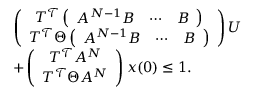
\begin{array} { r l } & { \left( \begin{array} { c } { T ^ { \mathcal { T } } \left( \begin{array} { c c c } { A ^ { N - 1 } B } & { \cdots } & { B } \end{array} \right) } \\ { T ^ { \mathcal { T } } \Theta \left( \begin{array} { c c c } { A ^ { N - 1 } B } & { \cdots } & { B } \end{array} \right) } \end{array} \right) U } \\ & { + \left( \begin{array} { c } { T ^ { \mathcal { T } } A ^ { N } } \\ { T ^ { \mathcal { T } } \Theta A ^ { N } } \end{array} \right) x ( 0 ) \leq 1 . } \end{array}